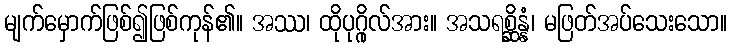
မျက်မှောက်ဖြစ်၍ဖြစ်ကုန်၏။ အဿ၊ ထိုပုဂ္ဂိုလ်အား။ အသရစ္ဆိန္နံ၊ မဖြတ်အပ်သေးသော။